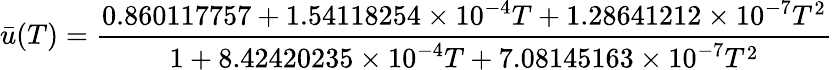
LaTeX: {\bar{u}}(T)={\frac{0.860117757+1.54118254\times 10^{-4}T+1.28641212\times 10^{-7}T^{2}}{1+8.42420235\times 10^{-4}T+7.08145163\times 10^{-7}T^{2}}}